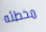
مخطئه